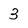
Character: 3